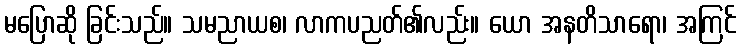
မပြောဆို ခြင်းသည်။ သမညာယစ၊ လာကပညတ်၏လည်း။ ယော အနတိသာရော၊ အကြင်